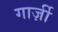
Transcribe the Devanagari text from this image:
गार्ज़ी